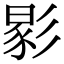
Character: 𢒧